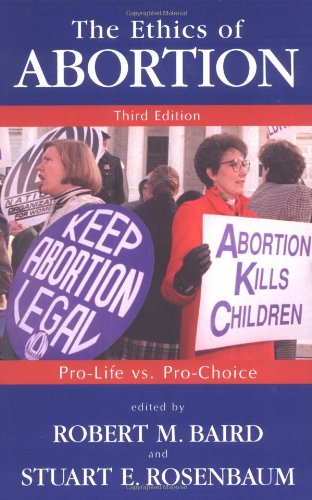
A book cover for The Ethics of Abortion : Pro-Life Vs. Pro-Choice (Contemporary Issues); Politics & Social Sciences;